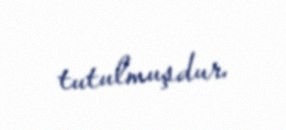
tutulmuşdur.